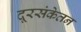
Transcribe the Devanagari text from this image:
दूरसंकेतन